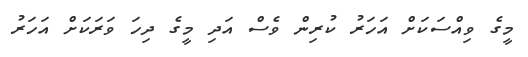
މީގެ ވިއްސަކަށް އަހަރު ކުރިން ވެސް އަދި މީގެ ދިހަ ވަރަކަށް އަހަރު